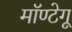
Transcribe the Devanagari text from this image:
मॉण्टेगू